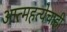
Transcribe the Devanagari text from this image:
आत्महत्येचाही